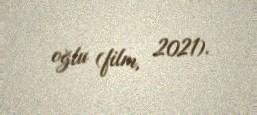
oğlu (film, 2021).